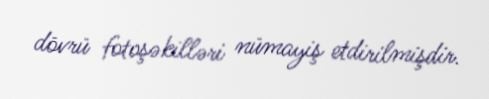
dövrü fotoşəkilləri nümayiş etdirilmişdir.